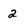
Character: 2